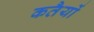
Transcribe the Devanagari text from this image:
कतैयों